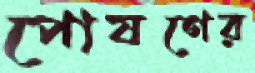
পোষণের